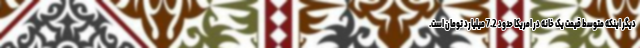
دیگر اینکه متوسط قیمت یک خانه در امریکا حدود 7.2 میلیارد تومان است.